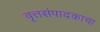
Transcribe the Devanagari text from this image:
वृत्तसंपादकाचा